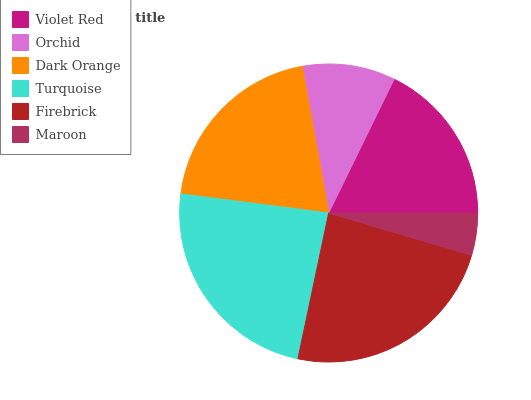
| Violet Red | Orchid | Dark Orange | Turquoise | Firebrick | Maroon |
 | --- | --- | --- | --- | --- | --- |
 | 17.8% | 10.1% | 20.1% | 23.7% | 23.7% | 4.57% |